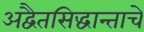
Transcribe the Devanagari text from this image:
अद्वैतसिद्धान्ताचे